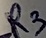
Text: R3